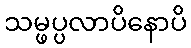
သမ္ဖပ္ပလာပိနောပိ